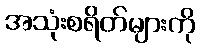
အသုံးစရိတ်များကို